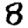
Digit: 8